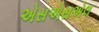
એસએસએલ